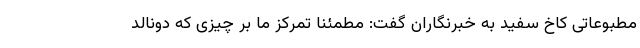
مطبوعاتی کاخ سفید به خبرنگاران گفت: مطمئنا تمرکز ما بر چیزی که دونالد